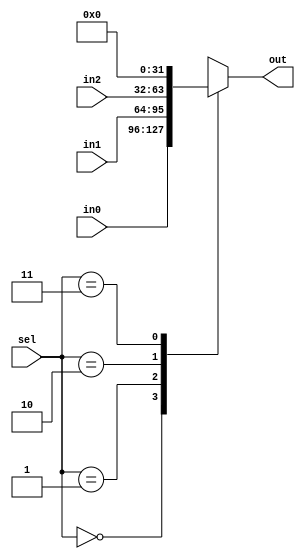
`timescale 1ns / 1ps
//////////////////////////////////////////////////////////////////////////////////
// Company: 
// Engineer: 
// 
// Design Name: 
// Module Name:    mux3to1 
// Project Name: 
// Target Devices: 
// Tool versions: 
// Description: 
//
// Dependencies: 
//
// Revision: 
// Revision 0.01 - File Created
// Additional Comments: 
//
//////////////////////////////////////////////////////////////////////////////////
module mux3to1(out, in0, in1, in2, sel);

output [31:0] out;
reg [31:0] out;
input [31:0] in0, in1,in2;
input [1:0]sel;

always @(in0, in1, in2, sel)begin
	case(sel)
		0: out = in0;
		1: out = in1;
		2: out = in2;
		3: out = 32'b0;
	endcase
end 
endmodule